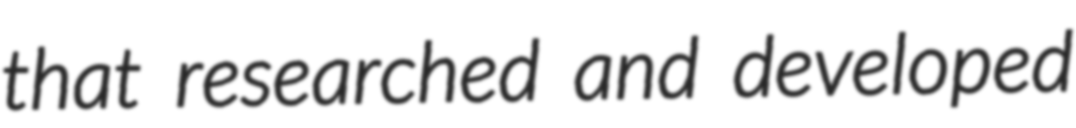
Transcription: that researched and developed